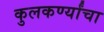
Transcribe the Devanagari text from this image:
कुलकर्ण्यांचा